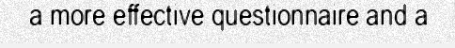
a more effective questionnaire and a